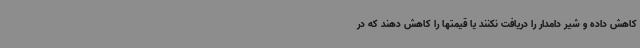
کاهش داده و شیر دامدار را دریافت نکنند یا قیمتها را کاهش دهند که در